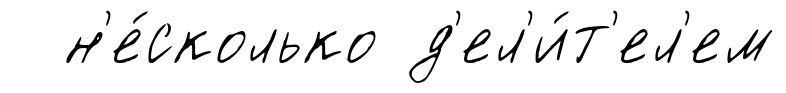
н'е́сколько д'ел'и́т'ел'ем